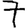
Digit: 7